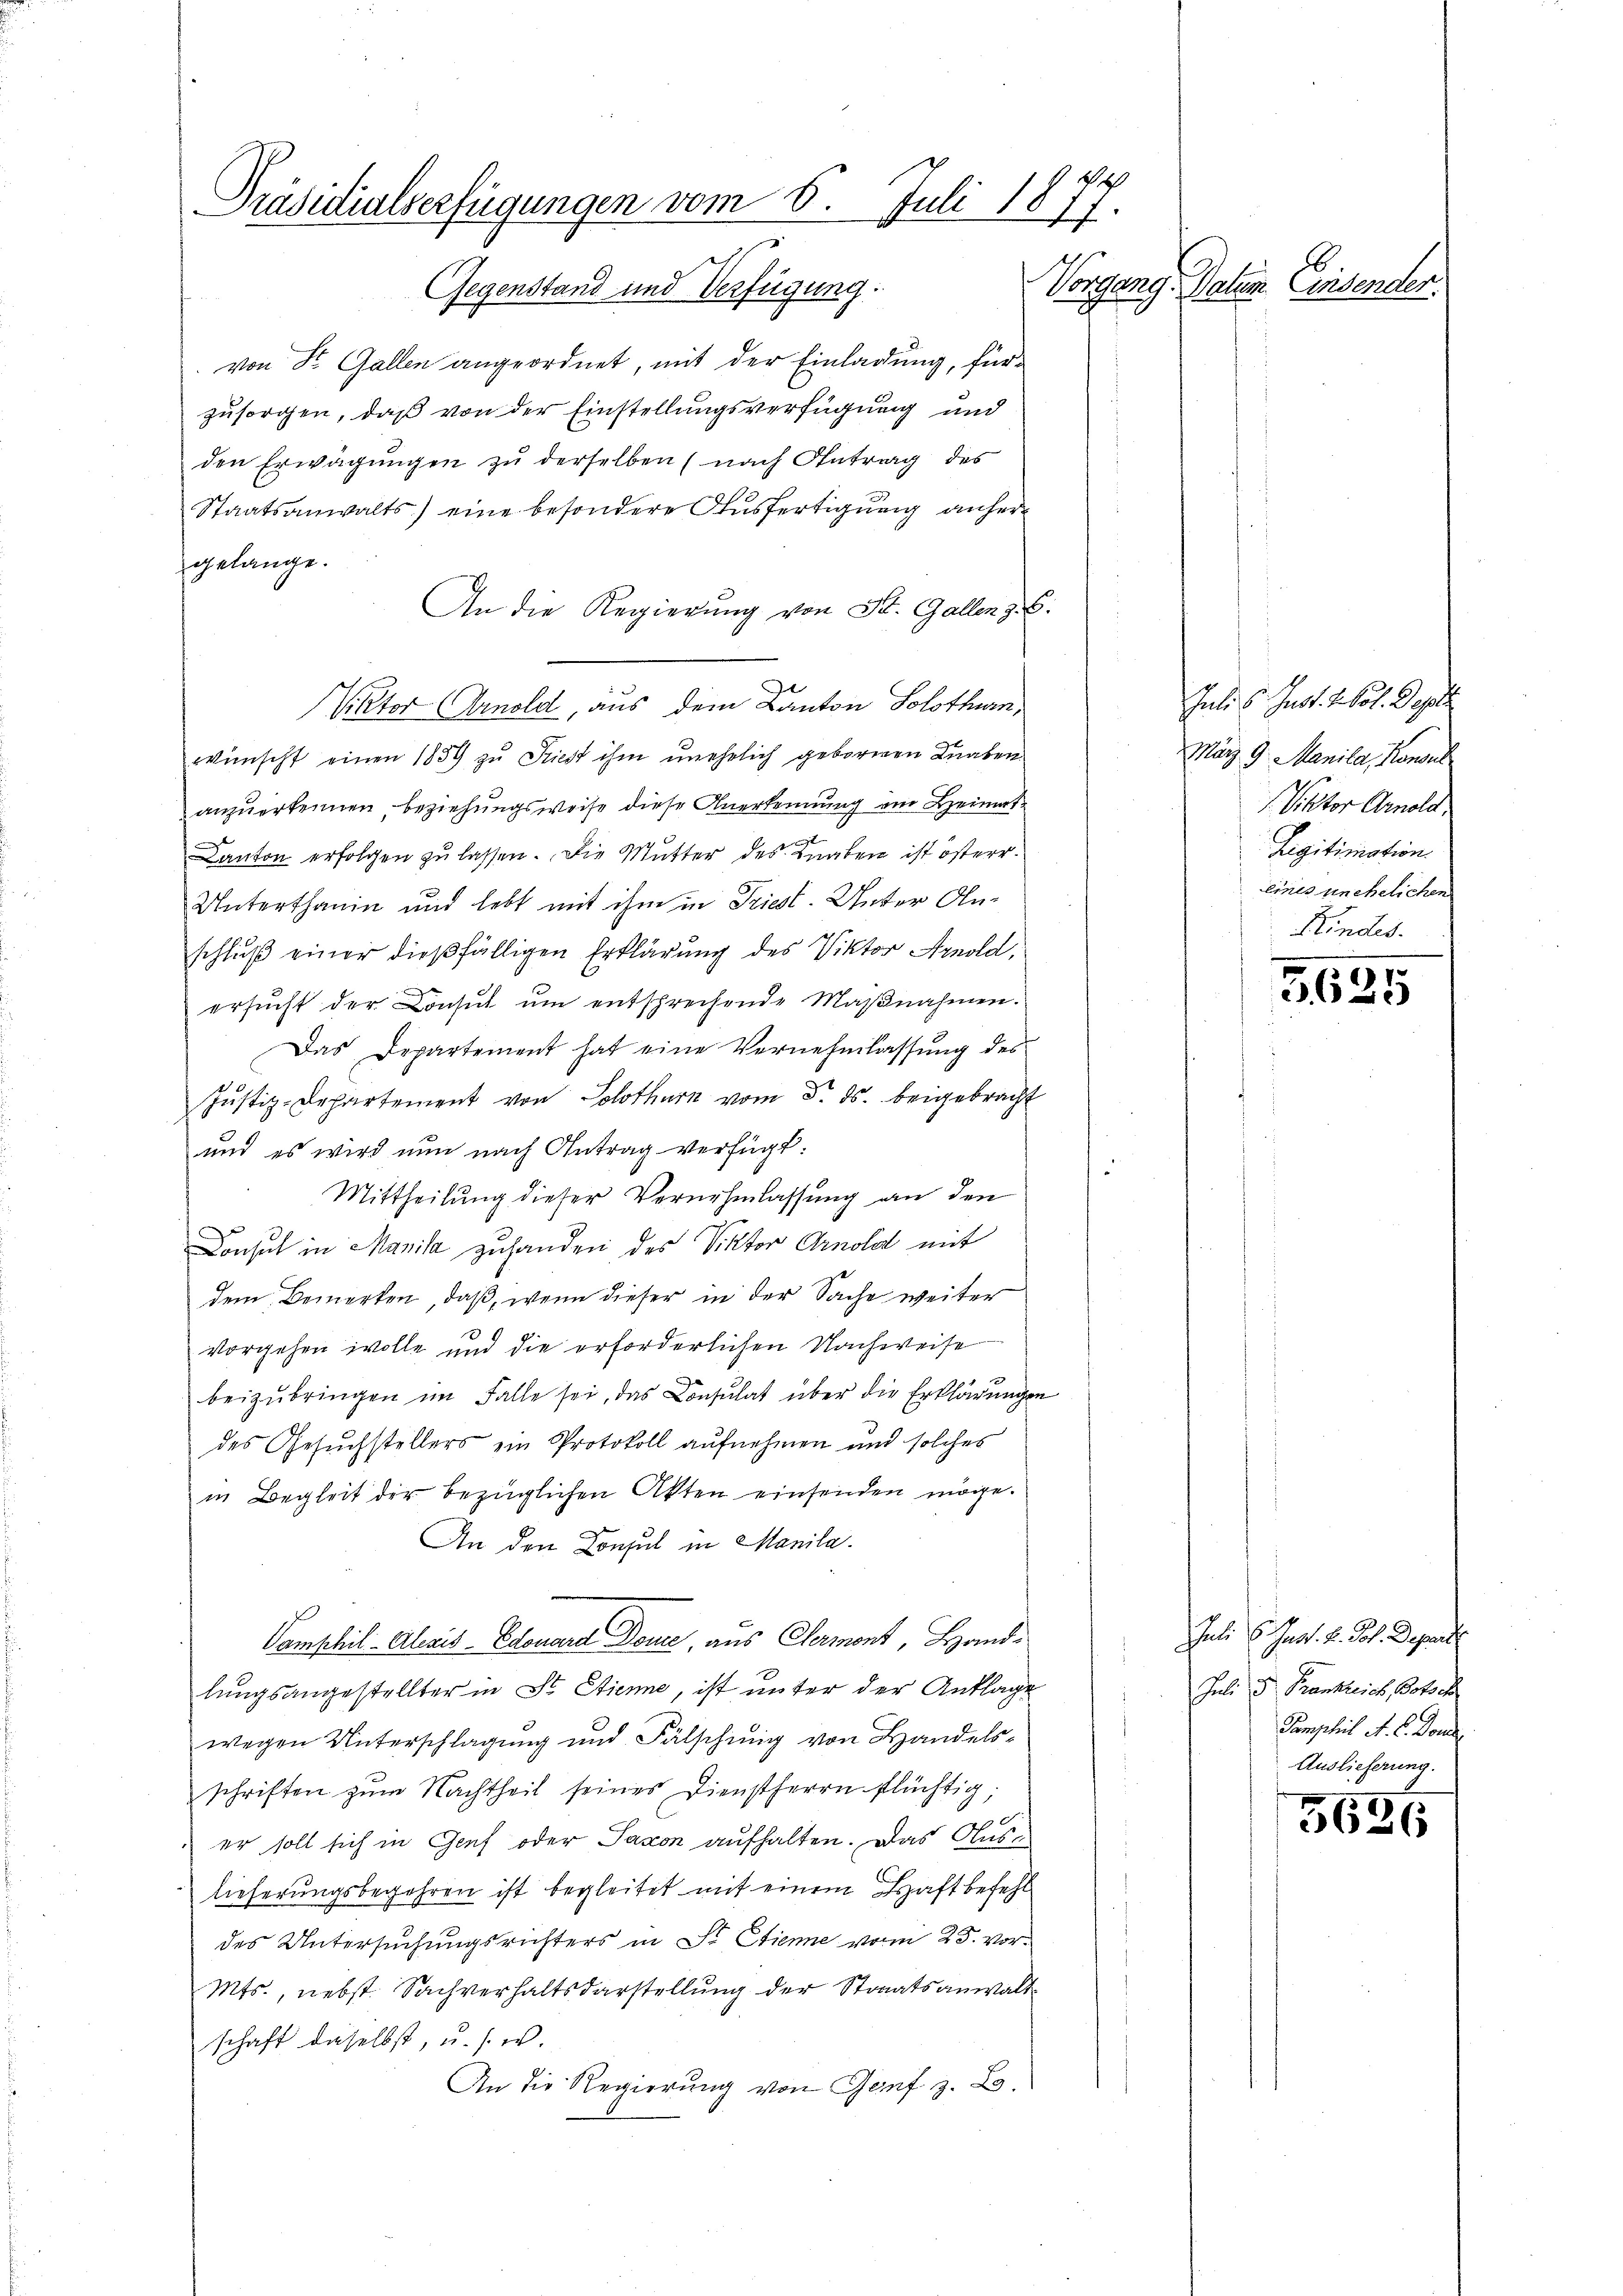
Präsidialverfügungen vom 6. Juli 1877.

Gegenstand und Verfügung.
von Dr. Gallen angeordnet, mit der Einladung, fürzusorgen, daß von der Einstellungsverfügung und
den Erwägungen zu derselben (nach Antrag des
Staatsanwalts) eine besondere Ausfertigung anhergelange.
An die Regierŭng von St. Gallen z. B.
Viktor Arnold, aus dem Kanton Solothurn
wünscht einen 1889 zu Kiest ihm unehelich geborenen Knaben
anzuerkennen beziehungsweise diese Anerkennung ein Heimat.
Kanton erfolgen zu lassen. Die Mutter des Knaben ist österr
Unterthanin und lebt mit ihm in Triest. Unter Anschluß einer dießfälligen Erklärung des Viktor Arnold,
e
ersŭcht der Consul ŭm entsprechende Maßnahmen.
Das Departement hat eine Vernehmlassung des
Jŭstiz-Departement von Solothurn vom Dr. ds. beigebracht
und es wird nun nach Antrag verfügt:
u
Mittheilung dieser Vernehmlassung an den
Consul in Manila zuhanden des Viktor Arnold mit
dem Bemerken, daß, wenn dieser in der Sache weiter
vorgehen wolle und die erforderlichen Nachweise
beizubringen im Falle sei, das Consulat über die Erklärungen
des Gesuchstellers ein Protokoll aufnehmen und solches
in Begleit der bezüglichen Akten einsenden möge.
An den Consul in Manila.
Pamphil.- Alesis - Eduard Donne, aus Clement Hand. Juli 6. Just. v. Joh. Departe
lungsangestellter in St. Etienne, ist unter der Anklage
wegen Unterschlagung und Fälschinig von Handelsschriften zŭm Nachtheil seines Dienstherrn flüchtig;
30
er soll sich in Genf oder Saxon aufhalten. Das Auslieferungsbegehren ist begleitet mit einem Haftbefehl
des Untersuchungsrichters in Sr. Etienne vom 25. vor¬
Mts., nebst Sachverhaltsdarstellung der Staaatsanwalt
schaft daselbst, u. s. w.
An die Regierung von Genf z. La

Vorgang. Daheim Einsenden.

Julis Just. H. Pol. Deputi
März 9. Manila, Konsul
1
1. Viktor Arnold
Legitimation
eines unehelichen
Kindes.

) 15
20

Juli 3 Frankerich, Poto
Pamphil A. L. Dona
Auslieferung.

5626